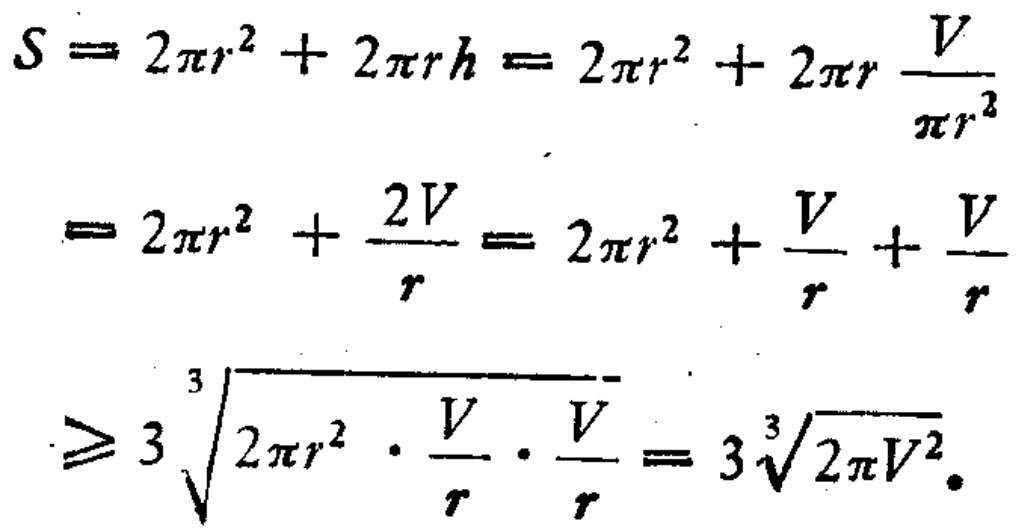
\[

\begin{align*}

S&=2\pi r^{2}+2\pi rh = 2\pi r^{2}+2\pi r\frac{V}{\pi r^{2}}\\

&=2\pi r^{2}+\frac{2V}{r}=2\pi r^{2}+\frac{V}{r}+\frac{V}{r}\\

&\geq3\sqrt[3]{2\pi r^{2}\cdot\frac{V}{r}\cdot\frac{V}{r}} = 3\sqrt[3]{2\pi V^{2}}

\end{align*}

\]